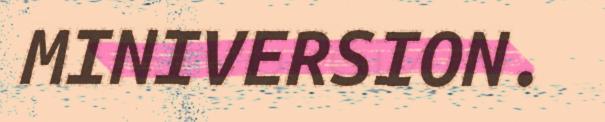
MINIVERSION.